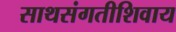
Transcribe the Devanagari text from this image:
साथसंगतीशिवाय